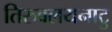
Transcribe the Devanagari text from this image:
तिरुवलयनाटु